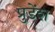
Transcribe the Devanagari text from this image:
प्रुडेंश